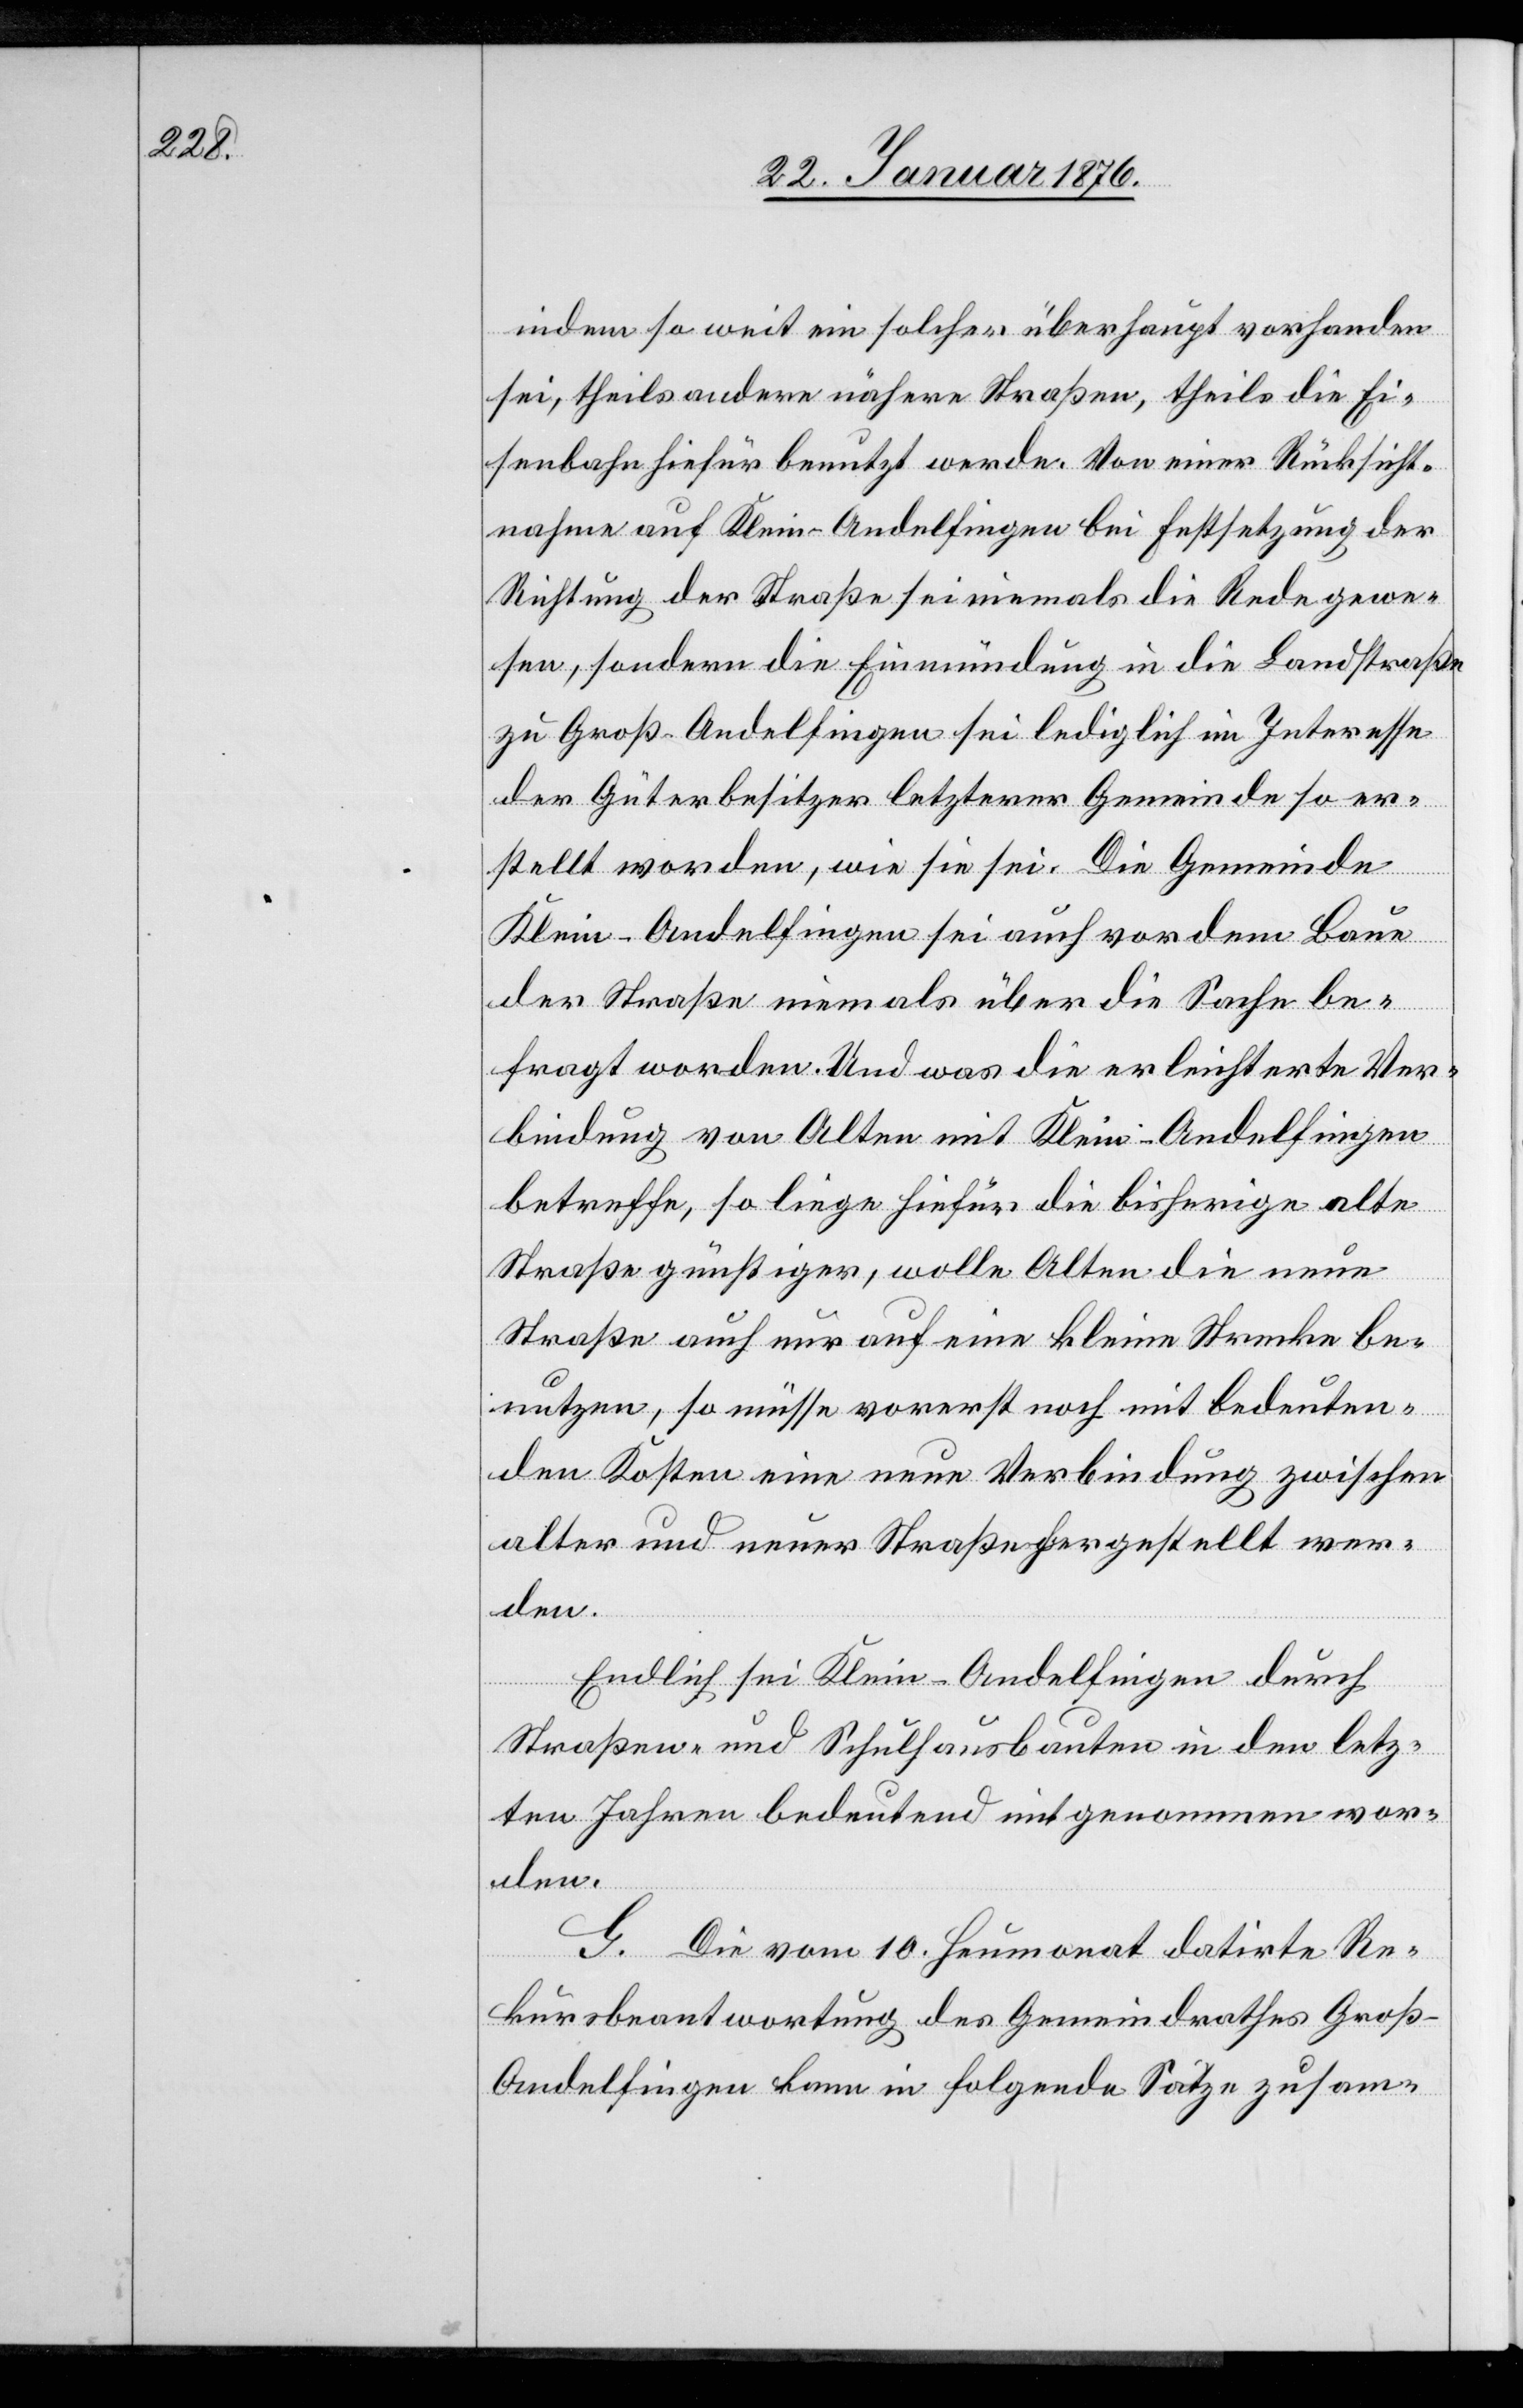
indem so weit ein solches überhaupt vorhanden
sei, theils andere nähere Straßen, theils die Ei¬
senbahn hiefür benutzt werde. Von einer Rücksicht¬
nahme auf Klein-Andelfingen bei Festsetzung der
Richtung der Straße sei niemals die Rede gewe¬
sen, sondern die Einmündung in die Landstraße
zu Groß-Andelfingen sei lediglich im Interesse
der Güterbesitzer letzerer Gemeinde so er¬
stellt worden, wie sie sei. Die Gemeinde
Klein-Andelfingen sei auch vor dem Baue
der Straße niemals über die Sache be¬
fragt worden. Und was die erleichterte Ver¬
bindung von Alten mit Klein-Andelfingen
betreffe, so liege hiefür die bisherige alte
Straße günstiger, wolle Alten die neue
Straße auch nur auf eine kleine Strecke be¬
nutzen, so müsse vorerst noch mit bedeuten¬
den Kosten eine neue Verbindung zwischen
alter und neuer Straße hergestellt wer¬
den.
Endlich sei Klein-Andelfingen durch
Straßen- und Schulhausbauten in den letz¬
en Jahren bedeutend mitgenommen wor¬
den.
G. Die vom 10. Heumonat datirte Re¬
kursbeantwortung des Gemeindrathes Groß-A¬
ndelfingen kann in folgende Sätze zusam-